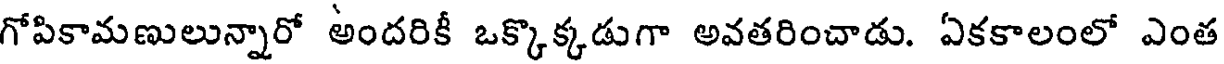
గోపికామణులున్నారో అందరికీ ఒక్కొక్కడుగా అవతరించాడు. ఏకకాలంలో ఎంత